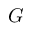
G